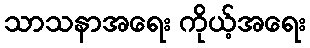
သာသနာအရေး ကိုယ့်အရေး